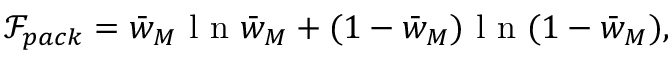
\mathcal { F } _ { p a c k } = \bar { w } _ { M } \mathrm { ~ l ~ n ~ } \bar { w } _ { M } + ( 1 - \bar { w } _ { M } ) \mathrm { ~ l ~ n ~ } ( 1 - \bar { w } _ { M } ) ,